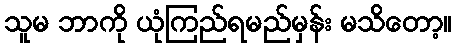
သူမ ဘာကို ယုံကြည်ရမည်မှန်း မသိတော့။